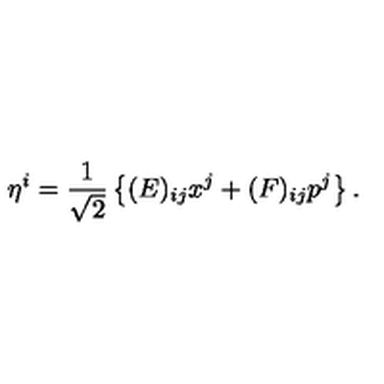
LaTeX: \eta ^ { i } = \frac { 1 } { \sqrt { 2 } } \left\{ ( E ) _ { i j } x ^ { j } + ( F ) _ { i j } p ^ { j } \right\} .